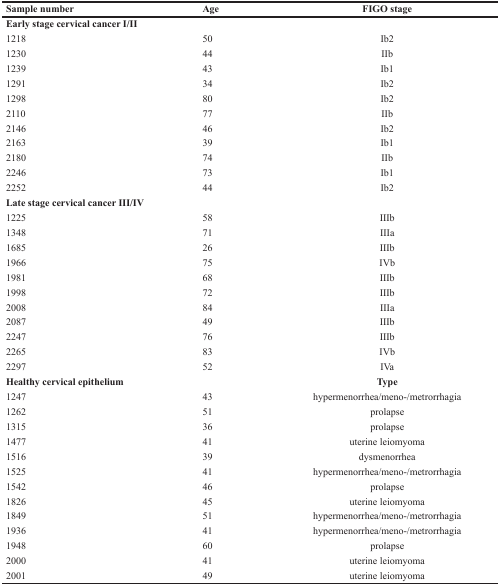
<table><thead><tr><td><b>Sample number</b></td><td><b>Age</b></td><td><b>FIGO stage</b></td></tr></thead><tbody><tr><td><b>Early stage cervical cancer I/II</b></td><td>[EMPTY_CELL]</td><td>[EMPTY_CELL]</td></tr><tr><td>1218</td><td>50</td><td>Ib2</td></tr><tr><td>1230</td><td>44</td><td>IIb</td></tr><tr><td>1239</td><td>43</td><td>Ib1</td></tr><tr><td>1291</td><td>34</td><td>Ib2</td></tr><tr><td>1298</td><td>80</td><td>Ib2</td></tr><tr><td>2110</td><td>77</td><td>IIb</td></tr><tr><td>2146</td><td>46</td><td>Ib2</td></tr><tr><td>2163</td><td>39</td><td>Ib1</td></tr><tr><td>2180</td><td>74</td><td>IIb</td></tr><tr><td>2246</td><td>73</td><td>Ib1</td></tr><tr><td>2252</td><td>44</td><td>Ib2</td></tr><tr><td><b>Late stage cervical cancer III/IV</b></td><td>[EMPTY_CELL]</td><td>[EMPTY_CELL]</td></tr><tr><td>1225</td><td>58</td><td>IIIb</td></tr><tr><td>1348</td><td>71</td><td>IIIa</td></tr><tr><td>1685</td><td>26</td><td>IIIb</td></tr><tr><td>1966</td><td>75</td><td>IVb</td></tr><tr><td>1981</td><td>68</td><td>IIIb</td></tr><tr><td>1998</td><td>72</td><td>IIIb</td></tr><tr><td>2008</td><td>84</td><td>IIIa</td></tr><tr><td>2087</td><td>49</td><td>IIIb</td></tr><tr><td>2247</td><td>76</td><td>IIIb</td></tr><tr><td>2265</td><td>83</td><td>IVb</td></tr><tr><td>2297</td><td>52</td><td>IVa</td></tr><tr><td><b>Healthy cervical epithelium</b></td><td>[EMPTY_CELL]</td><td><b>Type</b></td></tr><tr><td>1247</td><td>43</td><td>hypermenorrhea/meno-/metrorrhagia</td></tr><tr><td>1262</td><td>51</td><td>prolapse</td></tr><tr><td>1315</td><td>36</td><td>prolapse</td></tr><tr><td>1477</td><td>41</td><td>uterine leiomyoma</td></tr><tr><td>1516</td><td>39</td><td>dysmenorrhea</td></tr><tr><td>1525</td><td>41</td><td>hypermenorrhea/meno-/metrorrhagia</td></tr><tr><td>1542</td><td>46</td><td>prolapse</td></tr><tr><td>1826</td><td>45</td><td>uterine leiomyoma</td></tr><tr><td>1849</td><td>51</td><td>hypermenorrhea/meno-/metrorrhagia</td></tr><tr><td>1936</td><td>41</td><td>hypermenorrhea/meno-/metrorrhagia</td></tr><tr><td>1948</td><td>60</td><td>prolapse</td></tr><tr><td>2000</td><td>41</td><td>uterine leiomyoma</td></tr><tr><td>2001</td><td>49</td><td>uterine leiomyoma</td></tr></tbody></table>